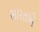
ભારતએ